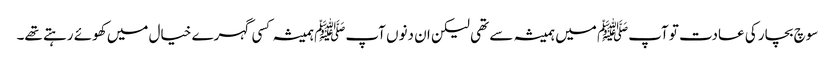
سوچ بچار کی عادت تو آپﷺ میں ہمیشہ سے تھی لیکن ان دنوں آپﷺ ہمیشہ کسی گہرے خیال میں کھوئے رہتے تھے۔